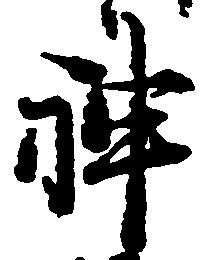
神